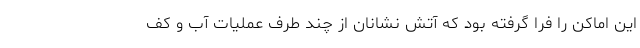
این اماکن را فرا گرفته بود که آتش نشانان از چند طرف عملیات آب و کف